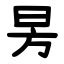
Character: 昘